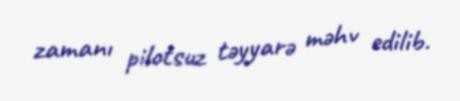
zamanı pilotsuz təyyarə məhv edilib.